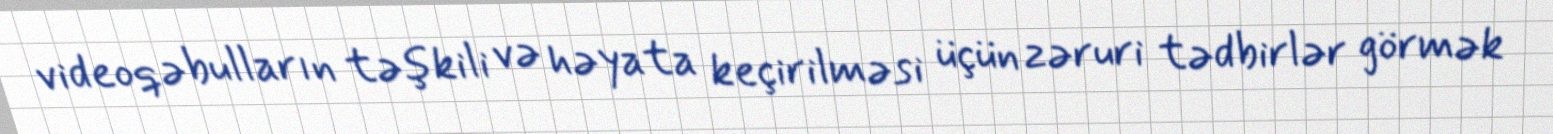
videoqəbulların təşkili və həyata keçirilməsi üçün zəruri tədbirlər görmək